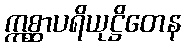
ဣစ္ဆာပရိယုဋ္ဌိတေန